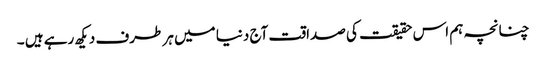
چنانچہ ہم اس حقیقت کی صداقت آج دنیا میں ہر طرف دیکھ رہے ہیں ۔